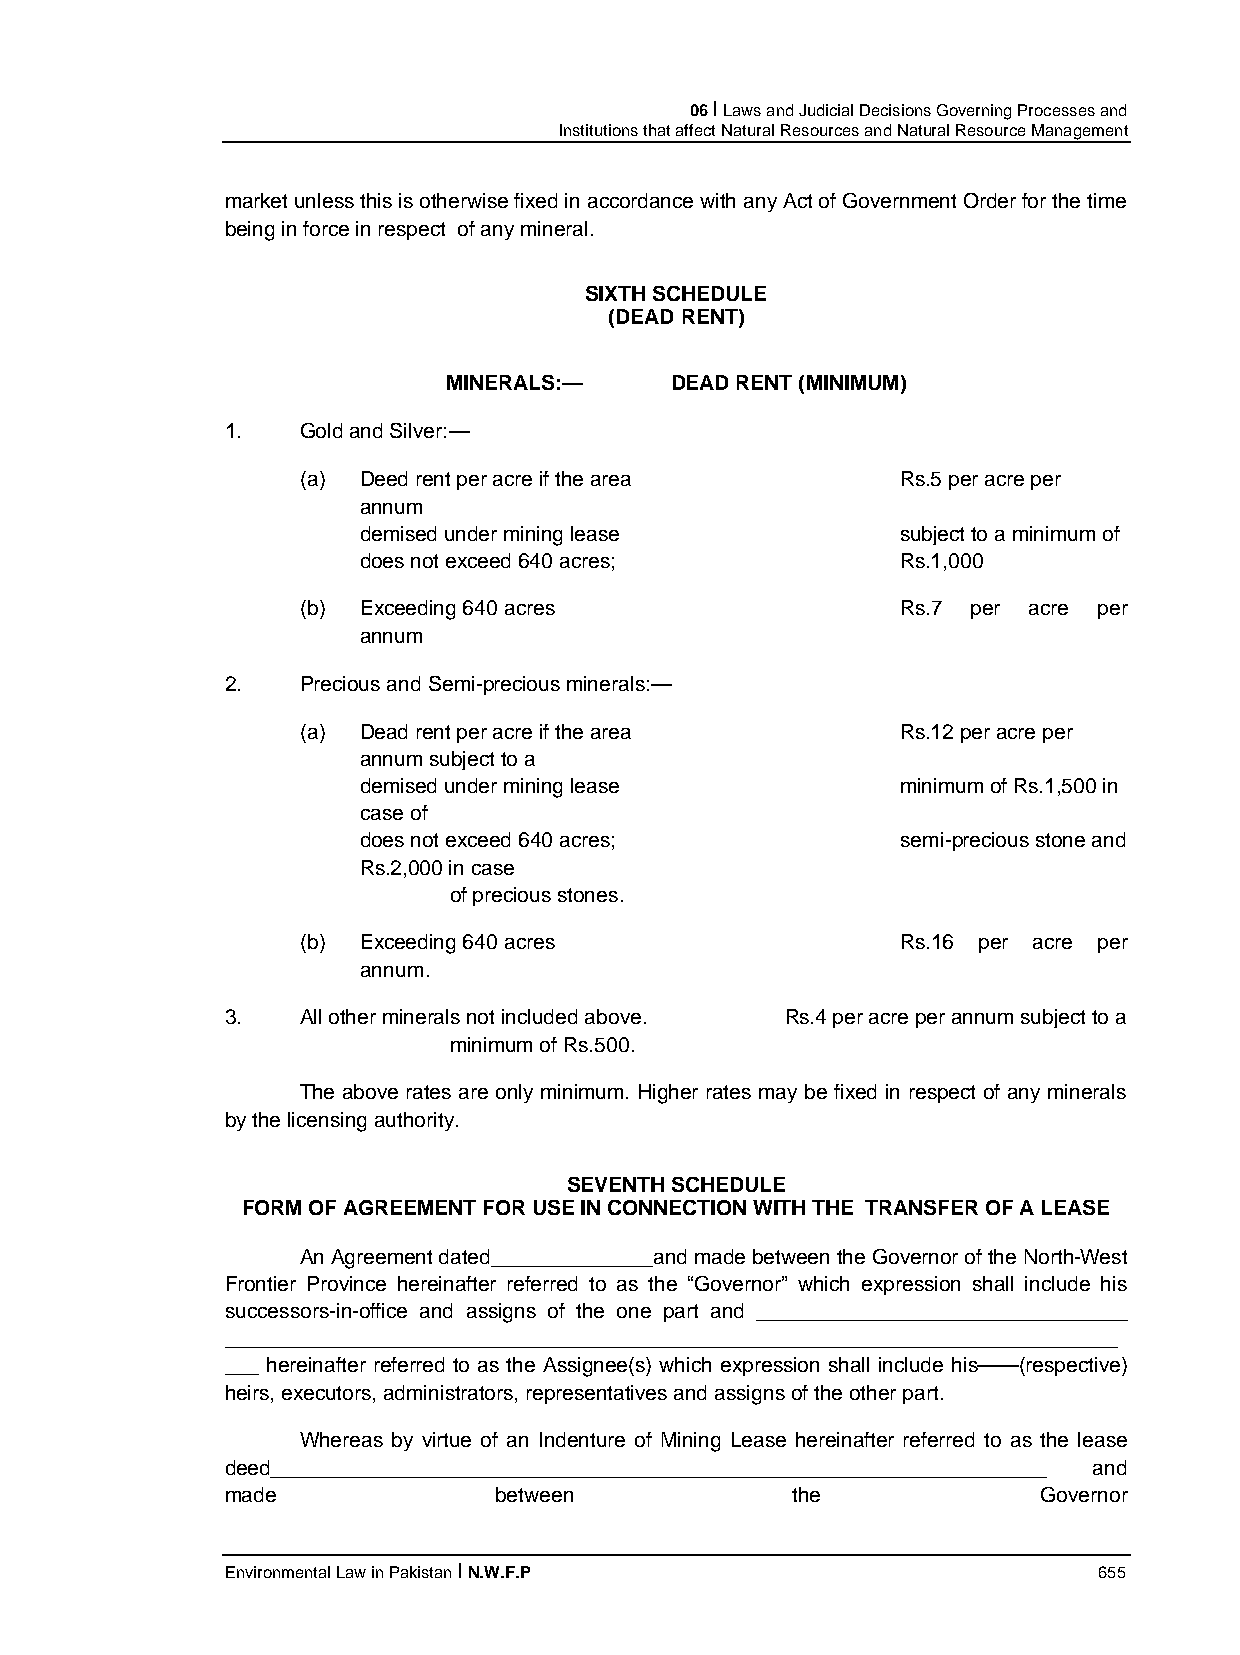
06 I Laws and Judicial Decisions Governing Processes and
 Institutions that affect Natural Resources and Natural Resource Management
 market unless this is otherwise fixed in accordance with any Act of Government Order for the time
 being in force in respect of any mineral.
 SIXTH SCHEDULE
 (DEAD RENT)
 MINERALS:—    DEAD RENT (MINIMUM)
 1.   Gold and Silver:—
 (a) Deed rent per acre if the area      Rs.5 per acre per
 annum
 demised under mining lease          subject to a minimum of
 does not exceed 640 acres;          Rs.1,000
 (b) Exceeding 640 acres                 Rs.7 per acre per
 annum
 2.   Precious and Semi-precious minerals:—
 (a) Dead rent per acre if the area      Rs.12 per acre per
 annum subject to a
 demised under mining lease          minimum of Rs.1,500 in
 case of
 does not exceed 640 acres;          semi-precious stone and
 Rs.2,000 in case
 of precious stones.
 (b) Exceeding 640 acres                 Rs.16 per acre per
 annum.
 3.   All other minerals not included above. Rs.4 per acre per annum subject to a
 minimum of Rs.500.
 The above rates are only minimum. Higher rates may be fixed in respect of any minerals
 by the licensing authority.
 SEVENTH SCHEDULE
 FORM OF AGREEMENT FOR USE IN CONNECTION WITH THE TRANSFER OF A LEASE
 An Agreement dated______________and made between the Governor of the North-West
 Frontier Province hereinafter referred to as the “Governor” which expression shall include his
 successors-in-office and assigns of the one part and ________________________________
 _____________________________________________________________________________
 ___ hereinafter referred to as the Assignee(s) which expression shall include his——(respective)
 heirs, executors, administrators, representatives and assigns of the other part.
 Whereas by virtue of an Indenture of Mining Lease hereinafter referred to as the lease
 deed___________________________________________________________________ and
 made              between            the              Governor
 Environmental Law in Pakistan I N.W.F.P                   655